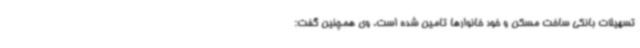
تسهیلات بانکی ساخت مسکن و خود خانوارها تامین شده است. وی همچنین گفت: